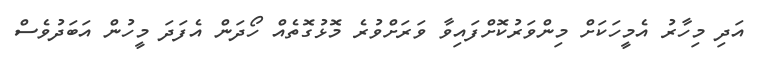
އަދި މިހާރު އެމީހަކަށް މިންވަރުކޮށްފައިވާ ވަރަށްވުރެ މޮޅުގޮތެއް ހޯދަން އެފަދަ މީހުން އަބަދުވެސް